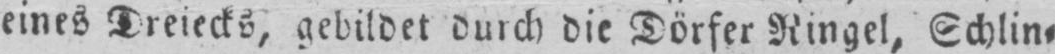
eines Dreiecks, gebildet durch die Dörfer Ringel, Schlin⸗